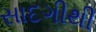
સાદગીથી